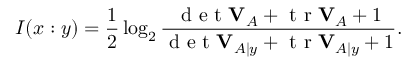
I ( x : y ) = \frac { 1 } { 2 } \log _ { 2 } \frac { \mathrm { ~ d ~ e ~ t ~ } \mathbf { V } _ { A } + \mathrm { ~ t ~ r ~ } \mathbf { V } _ { A } + 1 } { \mathrm { ~ d ~ e ~ t ~ } \mathbf { V } _ { A | y } + \mathrm { ~ t ~ r ~ } \mathbf { V } _ { A | y } + 1 } .